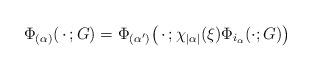
LaTeX: \begin{align*} \Phi_{(\alpha)}(\,\cdot\, ;G) =\Phi_{(\alpha^\prime) } \bigl( \,\cdot\,; \chi_{|\alpha|}(\xi)\Phi_{ i_\alpha}(\cdot;G) \bigr)\end{align*}